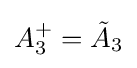
A_{3}^{+}={\tilde {A}}_{3}